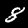
Digit: 8